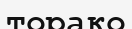
торако